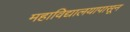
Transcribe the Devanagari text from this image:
महाविद्यालयापासून